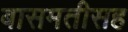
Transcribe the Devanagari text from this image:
बासमतीसह